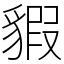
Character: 貑